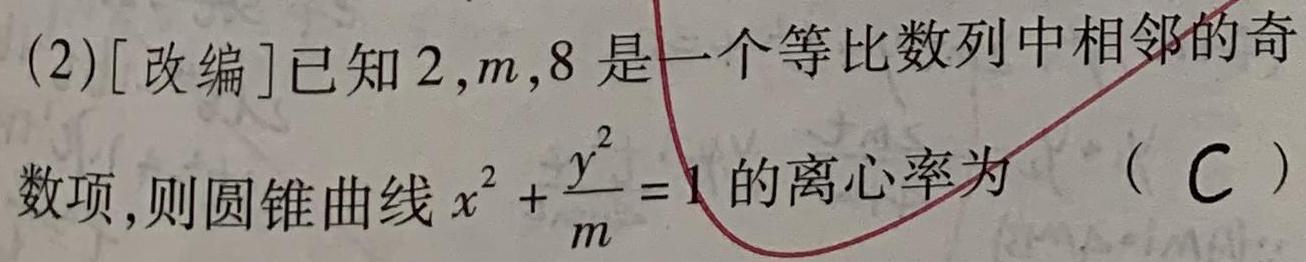
(2)[改编]已知$2,m,8$是一个等比数列中相邻的奇数项,则圆锥曲线$x^{2}+\frac{y^{2}}{m}=1$的离心率为（C）